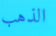
الذهب